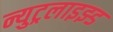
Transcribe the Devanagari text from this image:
न्युट्रलाइझ्ड